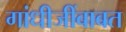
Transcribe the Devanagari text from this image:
गांधीजींबाबत